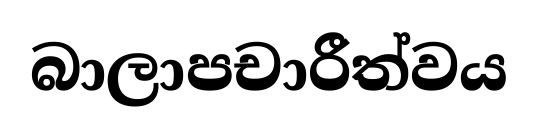
බාලාපචාරීත්වය